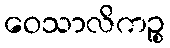
ဝေသာလိကဉ္စ